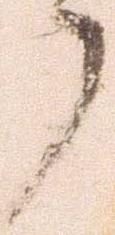
了